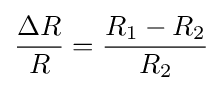
{\frac {\Delta R}{R}}={\frac {R_{1}-R_{2}}{R_{2}}}